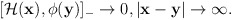
\begin{align*}[{\cal H}({\bf x}), \phi({\bf y})]_-\rightarrow 0, |{\bf x}-{\bf y}| \rightarrow \infty. \end{align*}